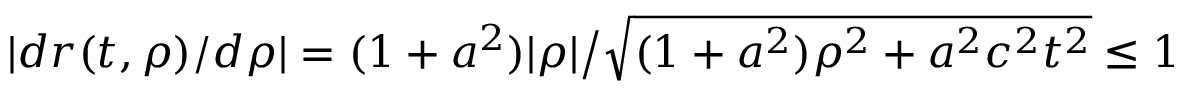
\textstyle | d r ( t , \rho ) / d \rho | = ( 1 + a ^ { 2 } ) | \rho | { \big / } { \sqrt { ( 1 + a ^ { 2 } ) \rho ^ { 2 } + a ^ { 2 } c ^ { 2 } t ^ { 2 } } } \leq 1